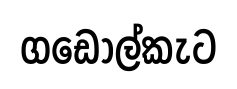
ගඩොල්කැට